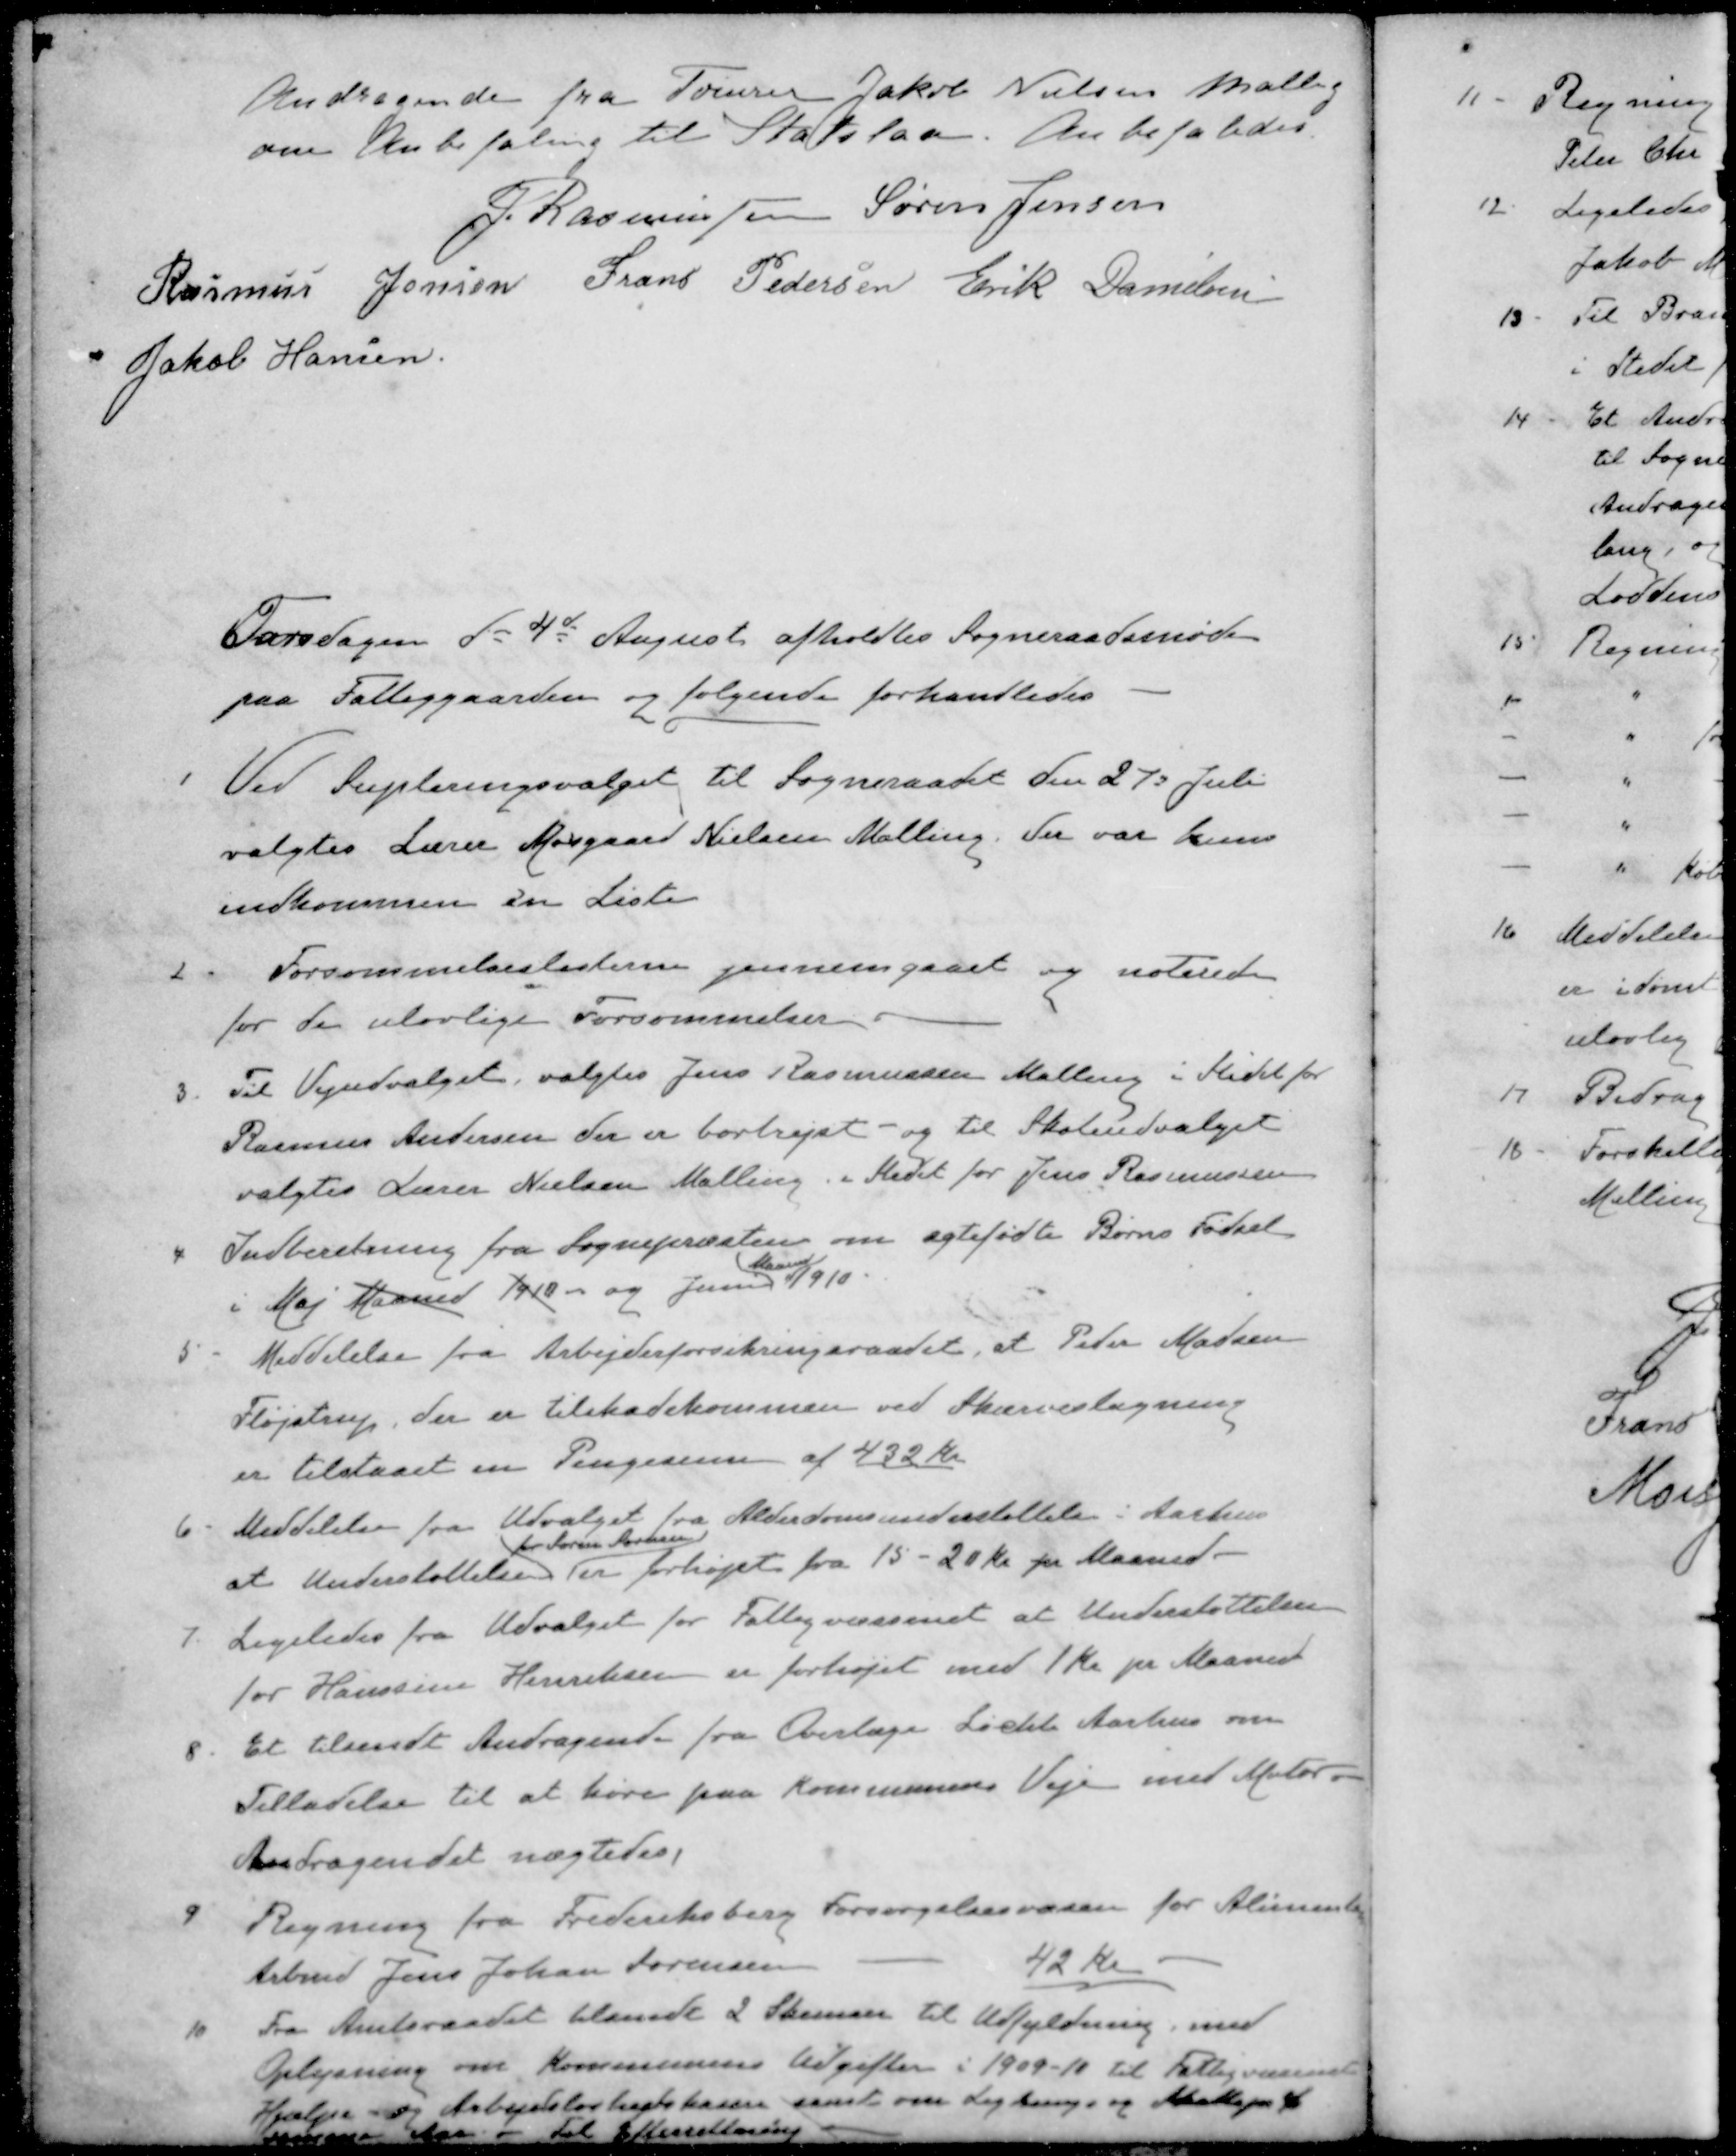
Transskription:
Andragende fra Tømrer Jakob Nielsen Malling
om Anbefaling til Statslaan Anbefaledes.
J Rasmussen
Søren Jensen
Rasmus Jensen
Frans Pedersen
Erik Danielsen
Jakob Hansen
Torsdagen d. 4de August afholdtes Sogneraadsmøde
paa Fattiggaarden og følgende forhandledes
1 Ved Supleringsvalget til Sogneraadet den 27d Juli
valgtes Lærer Mosgaard Nielsen Malling. Der var kuns
indkommen en Liste
2. Forsømmelseslisterne gennemgaaet og noterede
for de ulovlige Forsømmelser
3. Til Vejudvalget, valgtes Jens Rasmussen Malling i Stedet for
Rasmus Andersen der er bortrejst - og til Skoleudvalget
valgtes Lærer Nielsen Malling. i Stedet for Jens Rasmussen
4 Indberetning fra Sognepræsten om ægtefødte Børns Fødsel
Maaned
i Maj Maaned 1910 - og Juni 1910.
5. Meddelelse fra Arbejderforsikringsraadet, at Peder Madsen
Fløjstrup, der er tilskadekommen ved Skærveslagning
er tilstaaet en Pengesum af 432 Kr.
6. Meddelelse fra Udvalget fra Alderdomsunderstøttelse i Aarhus
for Søren Sørensen
at Understøttelsen er forhøjet fra 15 - 20 Kr pr Maaned-
7. Ligeledes fra Udvalget for Fattigvæsenet at Understøttelsen
for Hanssine Henriksen er forhøjet med 1 Kr pr Maaned
8. Et tilsendt Andragende fra Overlæge Licht Aarhus om
Tilladelse til at køre paa Kommunens Veje med Motor.
Andragendet nægtedes.
9. Regning fra Frederiksberg Forsørgelsesvæsen for Alimentant
Arbmd Jens Johan Sørensen
42 Kr
10 Fra Amtsraadet tilendt 2 Skemaer til Udfyldning med
Oplysning om Kommunens Udgifter i 1909-10 til Fattigvæsenet
Hjælpe og Arbejdsløshedskassen samt om Ligningen og Skattepr
 Aar - Til Efterretning